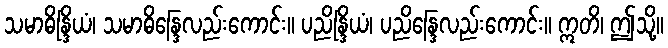
သမာဓိန္ဒြိယံ၊ သမာဓိန္ဒြေလည်းကောင်း။ ပညိန္ဒြိယံ၊ ပညိန္ဒြေလည်းကောင်း။ ဣတိ၊ ဤသို့။